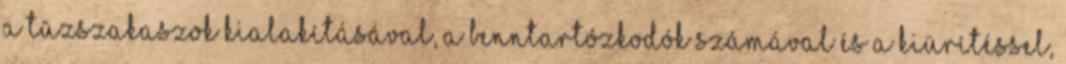
a tûzszakaszok kialakításával, a benntartózkodók számával és a kiürítéssel,